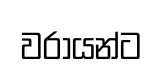
වරායන්ට